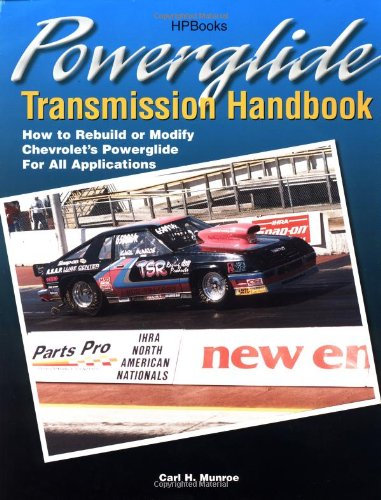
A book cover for Powerglide Transmission Handbook: How to Rebuild or Modify Chevrolet's Powerglide for all Applications; Carl Munroe; Sports & Outdoors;